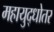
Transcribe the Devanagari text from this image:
महायुद्धोतर